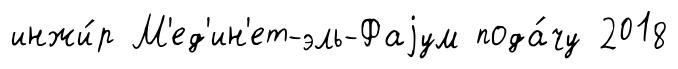
инжи́р М'ед'ин'ет-эль-Фаjум пода́чу 2018